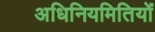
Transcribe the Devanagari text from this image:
अधिनियमितियों